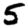
Digit: 5